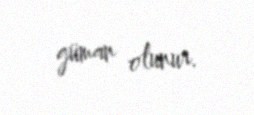
güman olunur.